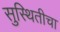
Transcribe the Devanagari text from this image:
सुस्थितीचा